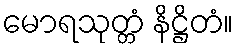
မောရသုတ္တံ နိဋ္ဌိတံ။